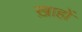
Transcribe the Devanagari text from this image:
ख़ाहों